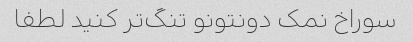
سوراخ نمک دونتونو تنگ‌تر کنید لطفا